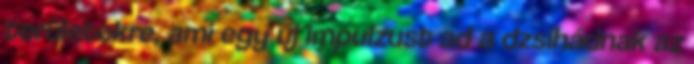
területekre, ami egy új impulzust ad a dzsihádnak az